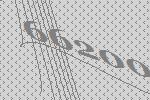
66200